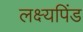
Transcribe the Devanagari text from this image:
लक्ष्यपिंड